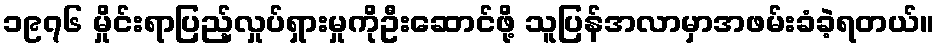
၁၉၇၆ မှိုင်းရာပြည့်လှုပ်ရှားမှုကိုဦးဆောင်ဖို့ သူပြန်အလာမှာအဖမ်းခံခဲ့ရတယ်။